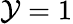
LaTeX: \mathcal{Y}=1